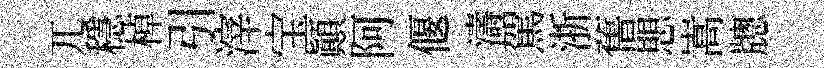
兀穩棹引滓宝顛阿偃濤駕浙𦾔愳嵩牕